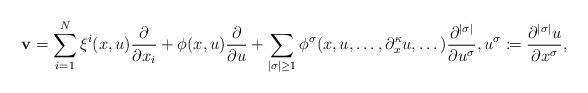
LaTeX: \begin{align*}\mathbf v=\sum_{i=1}^N\xi^i(x,u)\frac{\partial}{\partial x_i}+\phi(x,u)\frac{\partial}{\partial u}+\sum_{|\sigma|\geq 1}\phi^\sigma(x,u,\dots,\partial^{\kappa}_xu,\dots)\frac{\partial^{|\sigma|}}{\partial u^\sigma},u^\sigma\coloneqq\frac{\partial^{|\sigma|}u}{\partial x^\sigma},\end{align*}